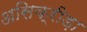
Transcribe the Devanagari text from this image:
असिक्रीड़ा